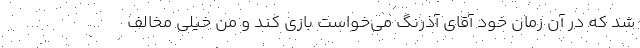
شد که در آن زمان خود آقای آذرنگ می‌خواست بازی کند و من خیلی مخالف